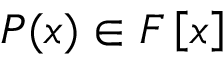
P ( x ) \in F \left[ x \right]